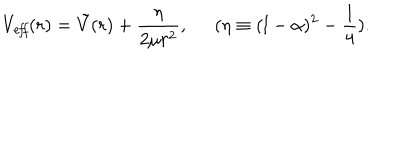
LaTeX: V _ { \it e f f } ( r ) = \tilde { V } ( r ) + \frac { \eta } { 2 \mu r ^ { 2 } } , \; \; ( \eta \equiv ( l - \alpha ) ^ { 2 } - \frac { 1 } { 4 } ) .